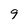
Character: 9